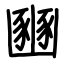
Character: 豳